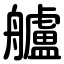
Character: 艫